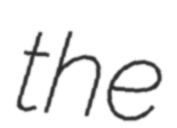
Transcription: the